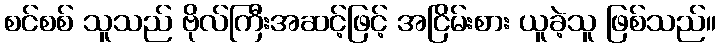
စင်စစ် သူသည် ဗိုလ်ကြီးအဆင့်ဖြင့် အငြိမ်းစား ယူခဲ့သူ ဖြစ်သည်။